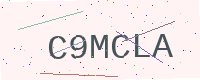
Text: C9MCLA